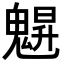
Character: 𩳪